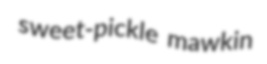
sweet-pickle mawkin